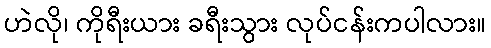
ဟဲလို၊ ကိုရီးယား ခရီးသွား လုပ်ငန်းကပါလား။